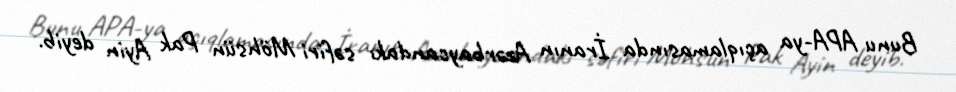
Bunu APA-ya açıqlamasında İranın Azərbaycandakı səfiri Möhsün Pak Ayin deyib.